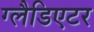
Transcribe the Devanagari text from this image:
ग्‍लैडिएटर